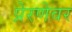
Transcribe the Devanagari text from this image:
प्रेरणेवर